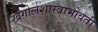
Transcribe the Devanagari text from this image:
खगोलशास्त्राभोवती